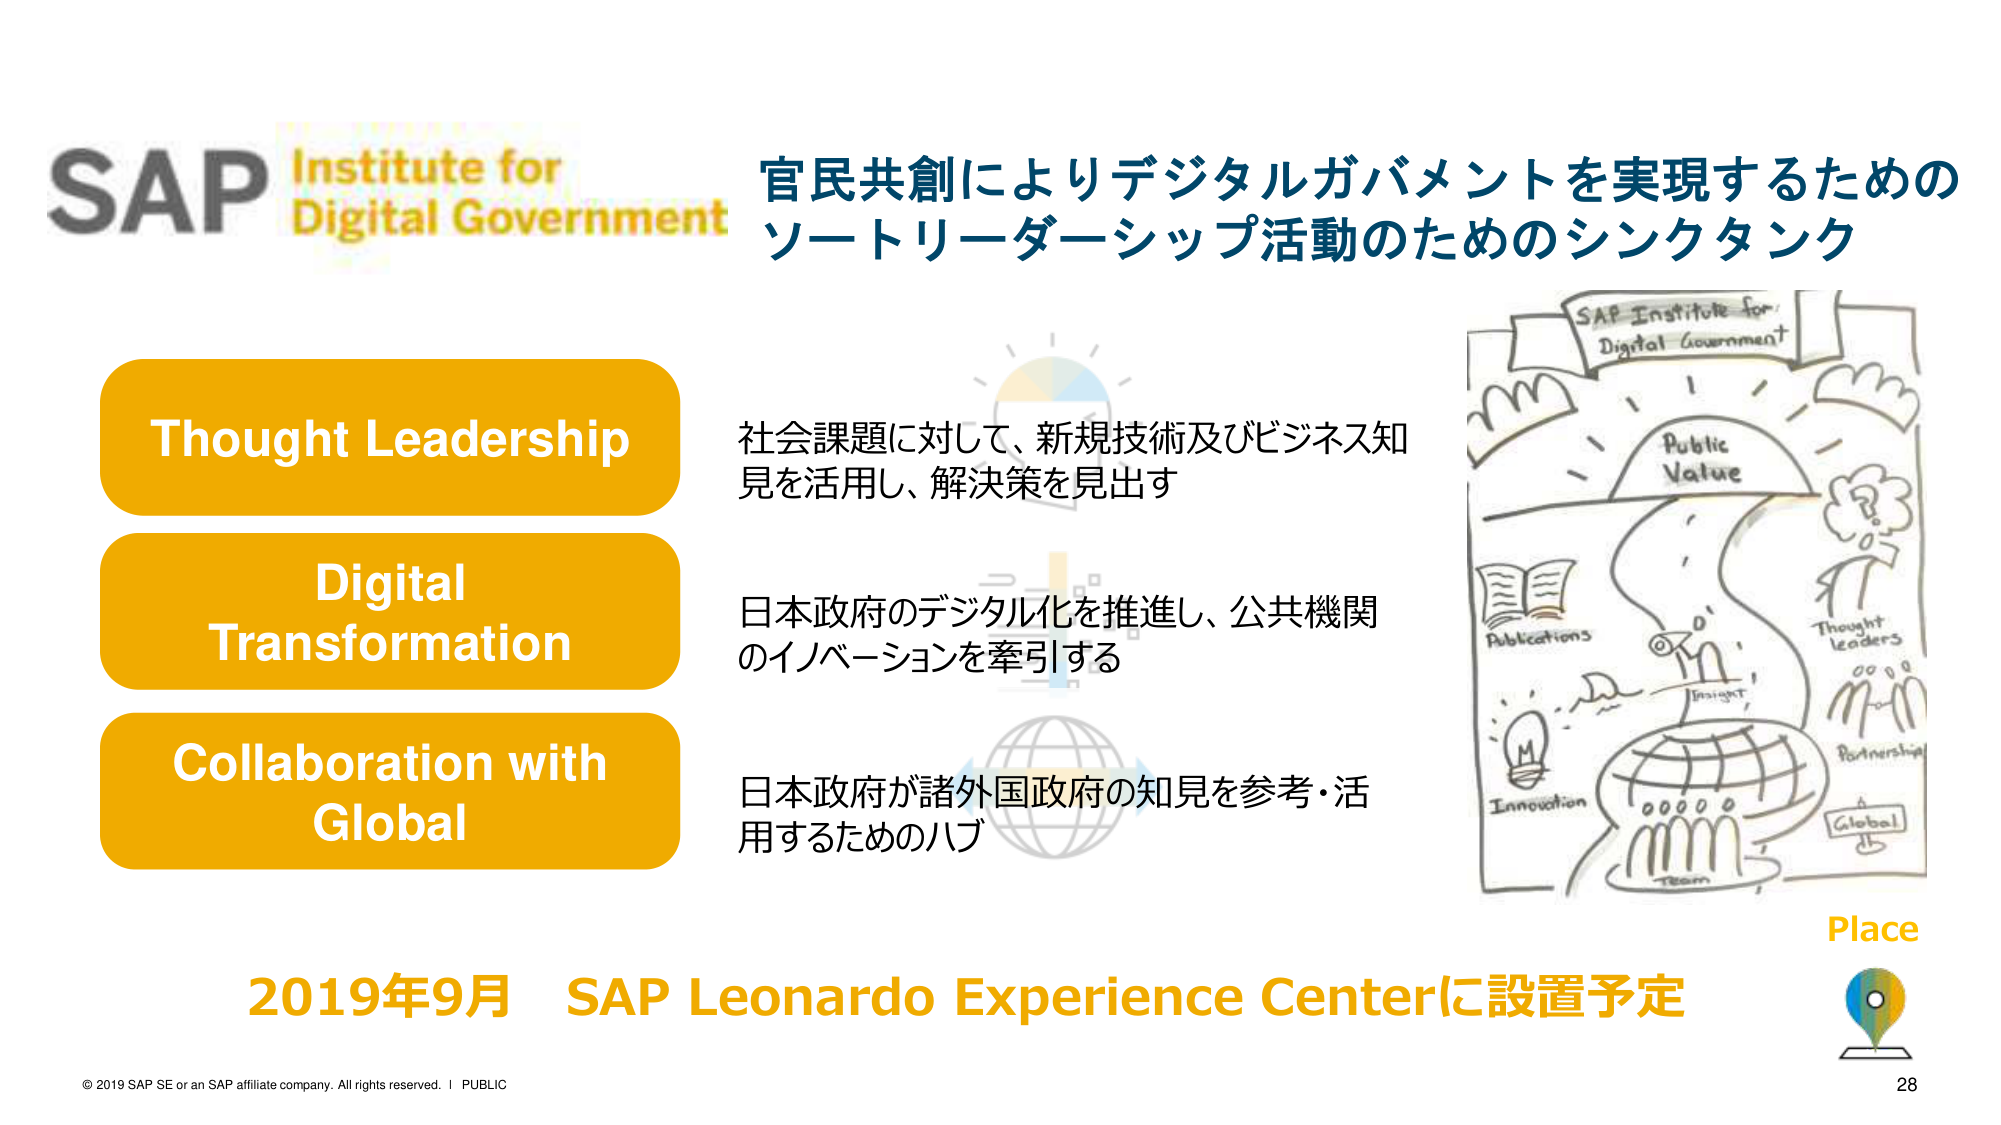
SAP Institute for Digital Government
官民共創によりデジタルガバメントを実現するための
ソートリーダーシップ活動のためのシンクタンク

Thought Leadership
社会課題に対して、新規技術及びビジネス知見を活用し、解決策を見出す

Digital Transformation
日本政府のデジタル化を推進し、公共機関のイノベーションを牽引する

Collaboration with Global
日本政府が諸外国政府の知見を参考・活用するためのハブ

2019年9月 SAP Leonardo Experience Centerに設置予定

Place

© 2019 SAP SE or an SAP affiliate company. All rights reserved. | PUBLIC
28

SAP Institute for Digital Government
Public Value
Publications
Thought leaders
Partnership
Global
Innovation
Team
Impact